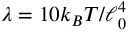
\lambda = 1 0 k _ { B } T / \ell _ { 0 } ^ { 4 }